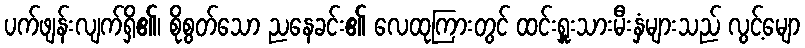
ပက်ဖျန်းလျက်ရှိ၏၊ စိုစွတ်သော ညနေခင်း၏ လေထုကြားတွင် ထင်းရှူးသားမီးနှံများသည် လွင့်မျော